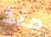
منذ